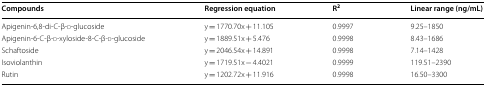
| Compounds | Regression equation | R2 | Linear range (ng/mL) |
 | --- | --- | --- | --- |
 | Apigenin-6,8-di-C-β-d-glucoside | y = 1770.70x + 11.105 | 0.9997 | 9.25–1850 |
 | Apigenin-6-C-β-d-xyloside-8-C-β-d-glucoside | y = 1889.51x + 5.476 | 0.9998 | 8.43–1686 |
 | Schaftoside | y = 2046.54x + 14.891 | 0.9998 | 7.14–1428 |
 | Isoviolanthin | y = 1719.51x − 4.4021 | 0.9999 | 119.51–2390 |
 | Rutin | y = 1202.72x + 11.916 | 0.9998 | 16.50–3300 |